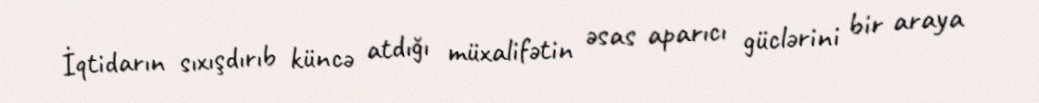
İqtidarın sıxışdırıb küncə atdığı müxalifətin əsas aparıcı güclərini bir araya